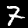
Digit: 7